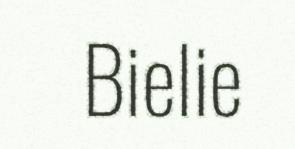
Bielie